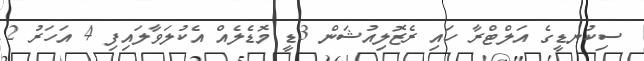
ސިކުނޑީގެ އަލްޓްރާ ހައި ރެޒޮލިއުޝަން 3ޑީ މޮޑެލެއް އެކުލަވާލައިފި 4 އަހަރު 2